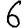
Digit: 6